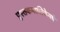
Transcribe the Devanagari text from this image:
पुस्तकमालिकेमधे